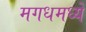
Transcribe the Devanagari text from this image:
मगधमध्ये